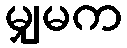
မျှမက